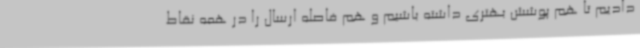
دادیم تا هم پوشش بهتری داشته باشیم و هم فاصله‌ ارسال را در همه نقاط